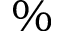
\%